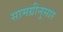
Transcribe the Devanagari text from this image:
सामग्रीनुसार